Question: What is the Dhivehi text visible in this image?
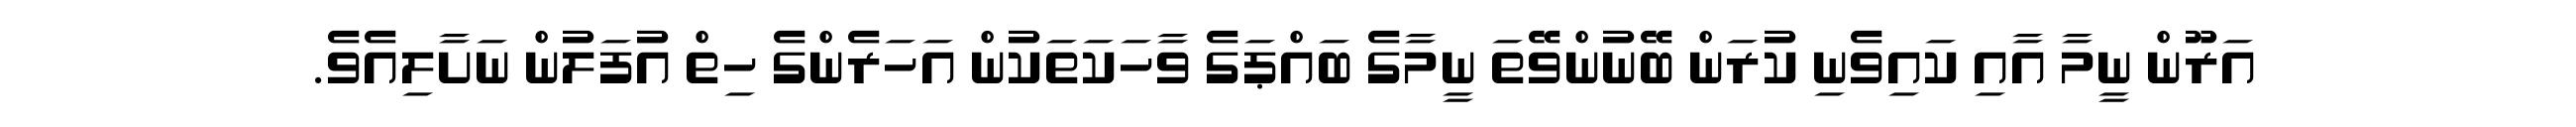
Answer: އަރޫން ނީމާ އާއި ކައިވެނި ކުރަން ބޭނުންވޭތަ ނީމާގެ ބައްޕަގެ ވާހަކަތަކުން އަހަރެންގެ ހިތް އުފަލުން ނަށާލިއެވެ.